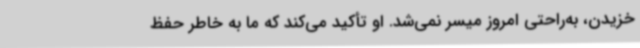
خزیدن، به‌راحتی امروز میسر نمی‌شد. او تأکید می‌کند که ما به خاطر حفظ